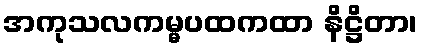
အကုသလကမ္မပထကထာ နိဋ္ဌိတာ၊